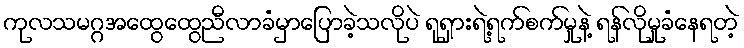
ကုလသမဂ္ဂအထွေထွေညီလာခံမှာပြောခဲ့သလိုပဲ ရုရှားရဲ့ရက်စက်မှုနဲ့ ရန်လိုမှုခံနေရတဲ့